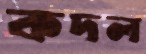
কদল